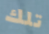
تلك